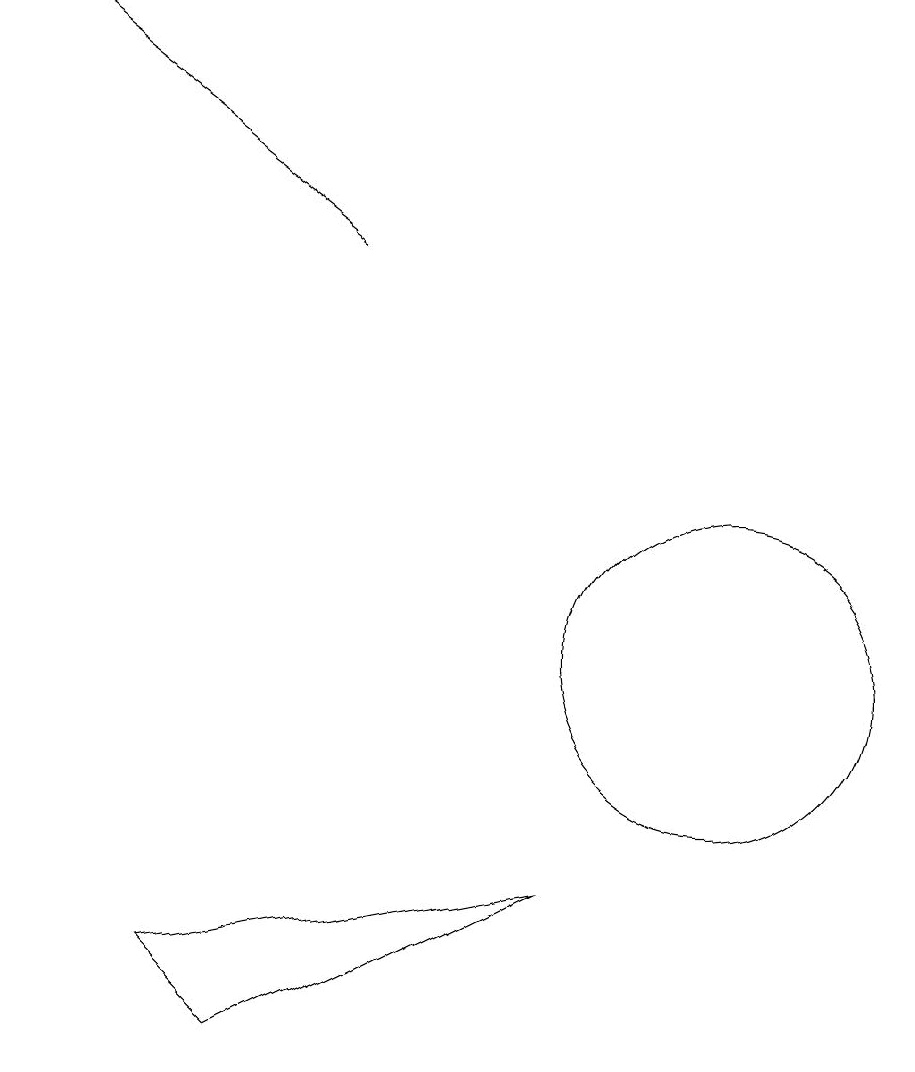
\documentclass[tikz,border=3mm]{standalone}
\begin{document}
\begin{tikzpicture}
\draw (3,7) -- (4,6) -- (8,8) -- cycle;
\draw (10,11) circle (2);
\draw[->] (5,16) -- (1,19);
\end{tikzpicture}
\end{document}